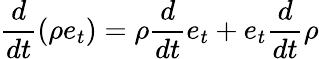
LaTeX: \frac{d}{dt}(\rho e_{t})=\rho\frac{d}{dt}e_{t}+e_{t}\frac{d}{dt}\rho